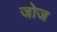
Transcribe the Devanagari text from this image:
जोज